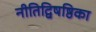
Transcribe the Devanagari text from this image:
नीतिद्विषष्ठिका